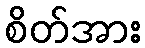
စိတ်အား